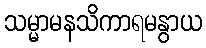
သမ္မာမနသိကာရမနွာယ